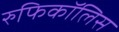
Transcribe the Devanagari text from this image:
रुफिकॉलिस